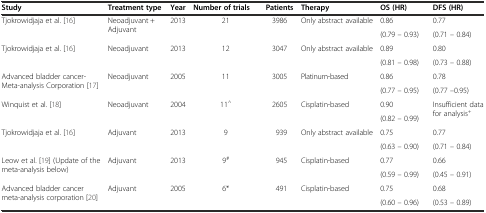
<table><thead><tr><td><b>Study</b></td><td><b>Treatment type</b></td><td><b>Year</b></td><td><b>Number of trials</b></td><td><b>Patients</b></td><td><b>Therapy</b></td><td><b>OS (HR)</b></td><td><b>DFS (HR)</b></td></tr></thead><tbody><tr><td rowspan="2">Tjokrowidjaja et al. [16]</td><td rowspan="2">Neoadjuvant + Adjuvant</td><td rowspan="2">2013</td><td rowspan="2">21</td><td rowspan="2">3986</td><td rowspan="2">Only abstract available</td><td>0.86</td><td>0.77</td></tr><tr><td>(0.79 – 0.93)</td><td>(0.71 – 0.84)</td></tr><tr><td rowspan="2">Tjokrowidjaja et al. [16]</td><td rowspan="2">Neoadjuvant</td><td rowspan="2">2013</td><td rowspan="2">12</td><td rowspan="2">3047</td><td rowspan="2">Only abstract available</td><td>0.89</td><td>0.80</td></tr><tr><td>(0.81 – 0.98)</td><td>(0.73 – 0.88)</td></tr><tr><td rowspan="2">Advanced bladder cancer- Meta-analysis Corporation [17]</td><td rowspan="2">Neoadjuvant</td><td rowspan="2">2005</td><td rowspan="2">11</td><td rowspan="2">3005</td><td rowspan="2">Platinum-based</td><td>0.86</td><td>0.78</td></tr><tr><td>(0.77 – 0.95)</td><td>(0.77 –0.95)</td></tr><tr><td rowspan="2">Winquist et al. [18]</td><td rowspan="2">Neoadjuvant</td><td rowspan="2">2004</td><td rowspan="2">11<sup>^</sup></td><td rowspan="2">2605</td><td rowspan="2">Cisplatin-based</td><td>0.90</td><td rowspan="2">Insufficient data for analysis<sup>+</sup></td></tr><tr><td>(0.82 – 0.99)</td></tr><tr><td rowspan="2">Tjokrowidjaja et al. [16]</td><td rowspan="2">Adjuvant</td><td rowspan="2">2013</td><td rowspan="2">9</td><td rowspan="2">939</td><td rowspan="2">Only abstract available</td><td>0.75</td><td>0.77</td></tr><tr><td>(0.63 – 0.90)</td><td>(0.71 – 0.84)</td></tr><tr><td rowspan="2">Leow et al. [19](Update of the meta-analysis below)</td><td rowspan="2">Adjuvant</td><td rowspan="2">2013</td><td rowspan="2">9<sup>#</sup></td><td rowspan="2">945</td><td rowspan="2">Cisplatin-based</td><td>0.77</td><td>0.66</td></tr><tr><td>(0.59 – 0.99)</td><td>(0.45 – 0.91)</td></tr><tr><td rowspan="2">Advanced bladder cancer meta-analysis corporation [20]</td><td rowspan="2">Adjuvant</td><td rowspan="2">2005</td><td rowspan="2">6*</td><td rowspan="2">491</td><td rowspan="2">Cisplatin-based</td><td>0.75</td><td>0.68</td></tr><tr><td>(0.60 – 0.96)</td><td>(0.53 – 0.89)</td></tr></tbody></table>